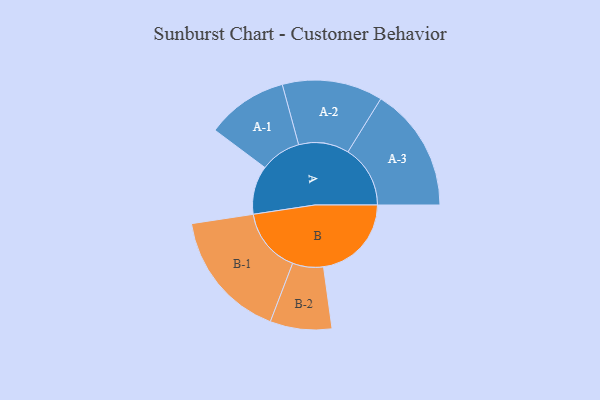
{"axis": {"x": "Segment", "y": "Value"}, "legend": ["", "A", "B"], "data": [{"x": "A", "y": 222, "type": ""}, {"x": "B", "y": 402, "type": ""}, {"x": "A-1", "y": 186, "type": "A"}, {"x": "A-2", "y": 230, "type": "A"}, {"x": "A-3", "y": 285, "type": "A"}, {"x": "B-1", "y": 296, "type": "B"}, {"x": "B-2", "y": 141, "type": "B"}]}